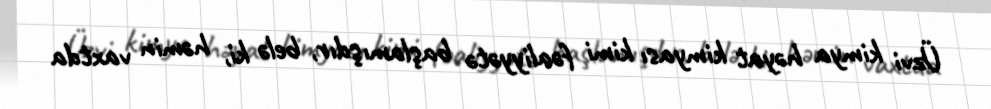
Üzvi kimya həyat kimyası kimi fəaliyyətə başlamışdır, belə ki, həmin vaxtda